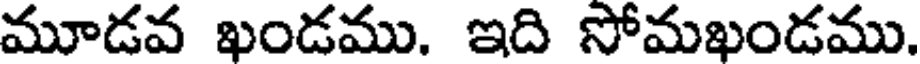
మూడవ ఖండము. ఇది సోమఖండము.